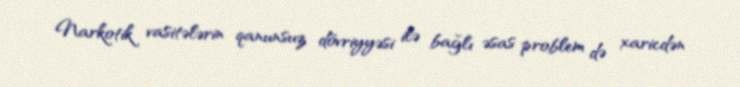
Narkotik vasitələrin qanunsuz dövriyyəsi ilə bağlı əsas problem də xaricdən